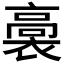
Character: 𧜉